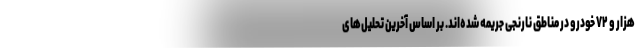
هزار و ۷۲ خودرو در مناطق نارنجی جریمه شده‌اند. بر اساس آخرین تحلیل‌های